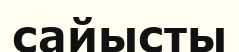
сайысты